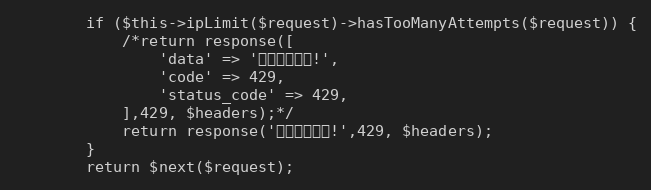
Language: PHP
        if ($this->ipLimit($request)->hasTooManyAttempts($request)) {
            /*return response([
                'data' => '访问次数限制!',
                'code' => 429,
                'status_code' => 429,
            ],429, $headers);*/
			return response('访问次数限制!',429, $headers);
        }
        return $next($request);